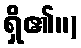
ရှိ၏။)